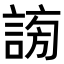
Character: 𧩂